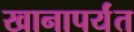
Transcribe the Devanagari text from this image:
खानापर्यंत